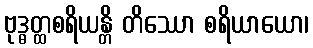
ဗုဒ္ဓတ္ထစရိယန္တိ တိဿော စရိယာယော၊